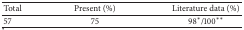
<table><thead><tr><td><b>Total</b></td><td><b>Present (%)</b></td><td><b>Literature data (%)</b></td></tr></thead><tbody><tr><td>57</td><td>75</td><td>98∗/100∗∗</td></tr></tbody></table>